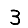
Digit: 3